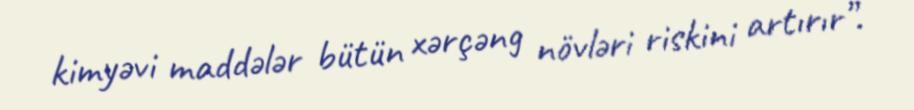
kimyəvi maddələr bütün xərçəng növləri riskini artırır”.